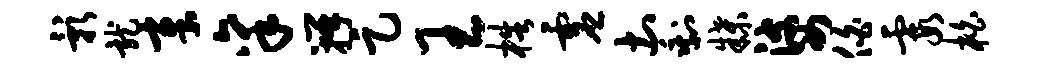
影龙章禀瓣足王梏虚土剩牒婆伯霞柏